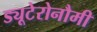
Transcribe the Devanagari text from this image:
ड्यूटेरोनौमी